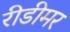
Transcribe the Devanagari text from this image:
रीडीमर